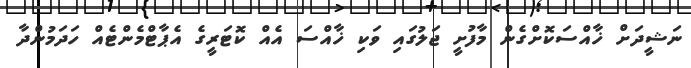
ނަޝީދަށް ޚާއްސަކޮށްގެން މާފުށީ ޖަލުގައި ވަކި ޚާއްސަ އެއް ކޮޓަރީގެ އެޕާޓްމެންޓެއް ހަދަމުންދާ